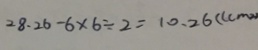
2 8 . 2 6 - 6 \times 6 \div 2 = 1 0 . 2 6 ( ( c m ^ { 2 } )